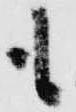
も